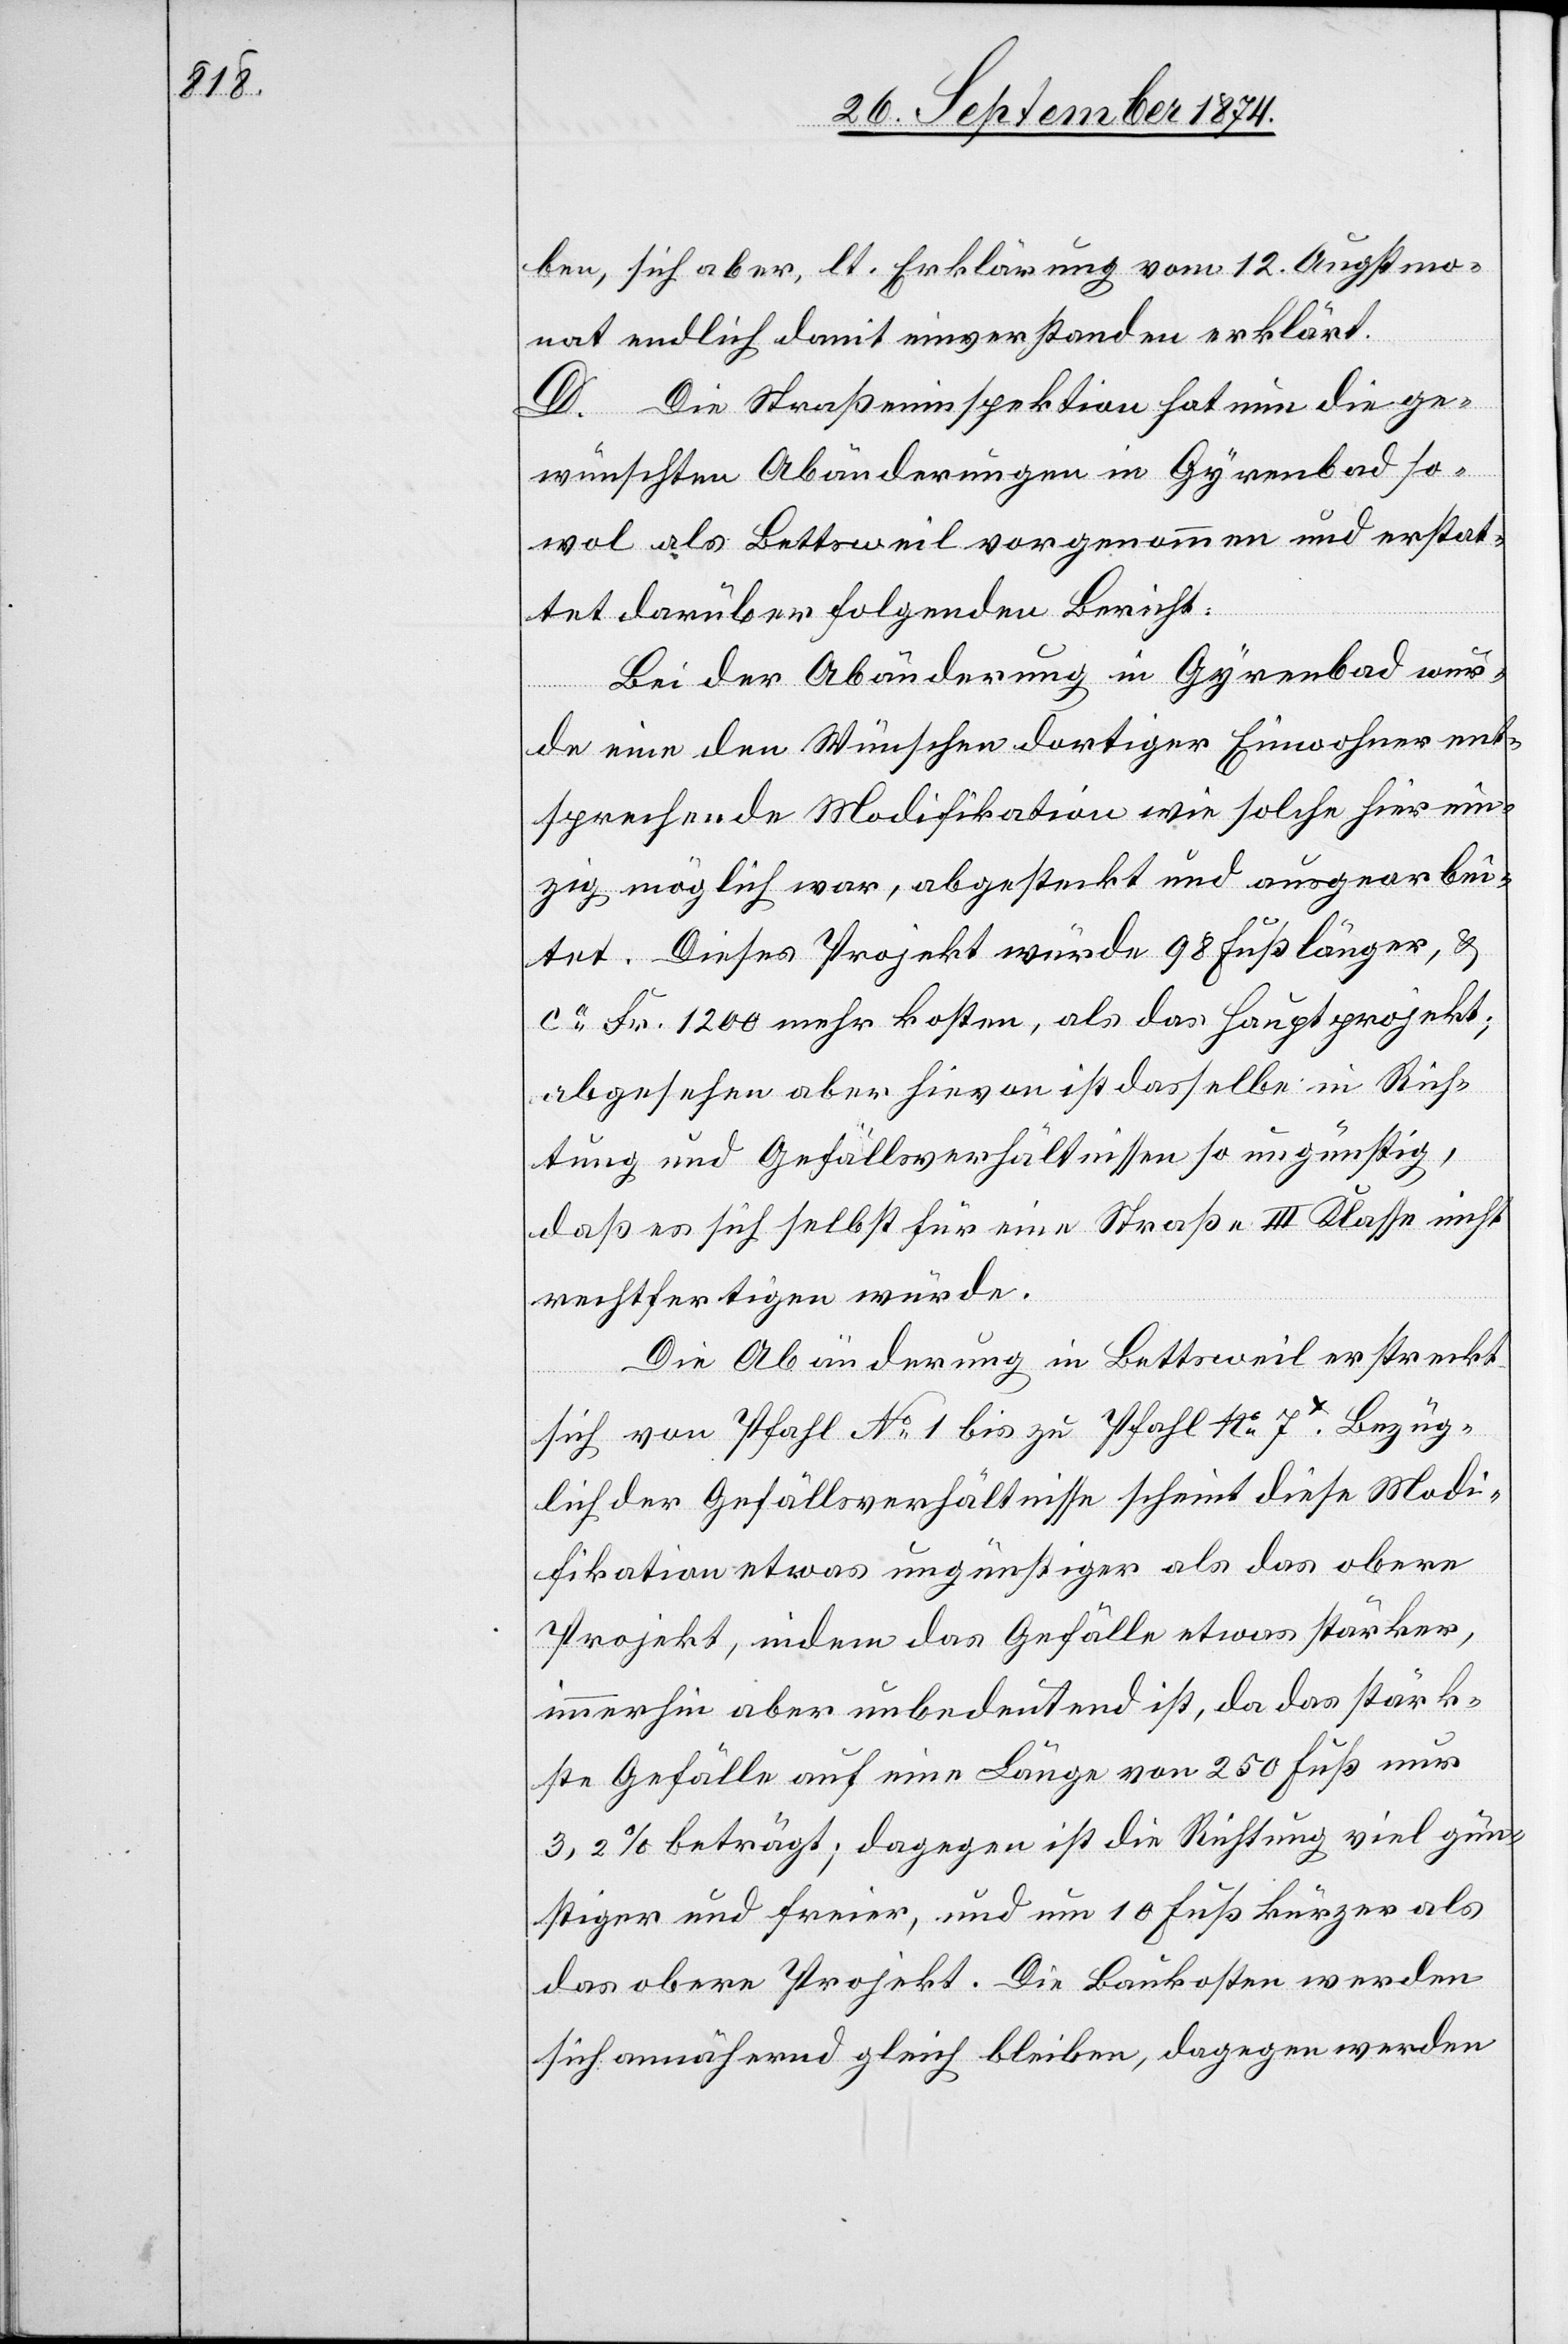
ben, sich aber, lt. Erklärung vom 12. Augstmo¬
nat endlich damit einverstanden erklärt.
D. Die Straßeninspektion hat nun die ge¬
wünschten Abänderungen in Gyrenbad so¬
wol als Bettsweil vorgenommen und erstat¬
tet darüber folgenden Bericht:
Bei der Abänderung in Gyrenbad wur¬
de eine den Wünschen dortiger Einwohner ent¬
sprechende Modifikation wie solche hier ein¬
zig möglich war, abgesteckt und ausgearbei¬
tet. Dieses Projekt würde 98 Fuß länger, &
ca Fr. 1200 mehr kosten, als das Hauptprojekt;
abgesehen aber hievon ist dasselbe in Rich¬
tung und Gefällsverhältnissen so ungünstig,
daß es sich selbst für eine Straße III. Klasse nicht
rechtfertigen würde.
Die Abänderung in Bettsweil erstreckt
sich von Pfahl No 1 bis zu Pfahl No 7. Bezüg¬
lich der Gefällsverhältnisse scheint diese Modi¬
fikation etwas ungünstiger als das obere
Projekt, indem das Gefälle etwas stärker,
immerhin aber unbedeutend ist, da das stärk¬
ste Gefälle auf eine Länge von 250 Fuß nur
3,2% beträgt; dagegen ist die Richtung viel gün¬
stiger und freier, und um 10 Fuß kürzer als
das obere Projekt. Die Baukosten werden
sich annähern gleich bleiben, dagegen werden